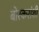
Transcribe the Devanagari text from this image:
बोरकरांशी